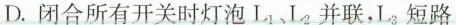
D. 闭合所有开关时灯泡 L_{1}、L_{2} 并联 L_{3} 短路